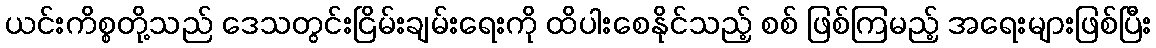
ယင်းကိစ္စတို့သည် ဒေသတွင်းငြိမ်းချမ်းရေးကို ထိပါးစေနိုင်သည့် စစ် ဖြစ်ကြမည့် အရေးများဖြစ်ပြီး